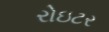
રોઇટર